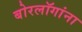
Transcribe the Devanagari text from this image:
बोरलॉगांना